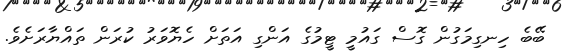
ބޭބެ ހިނގިމަގުން ގޮސް ގައުމީ ޓީމުގެ އަންގި އަތަށް ހެޔޮވަރު ކުރަން ތައްޔާރަށެވެ.